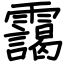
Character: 靄